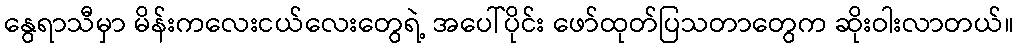
နွေရာသီမှာ မိန်းကလေးငယ်လေးတွေရဲ့ အပေါ်ပိုင်း ဖော်ထုတ်ပြသတာတွေက ဆိုးဝါးလာတယ်။